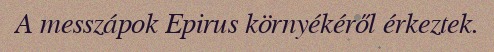
A messzápok Epirus környékéről érkeztek.